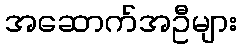
အဆောက်အဦများ